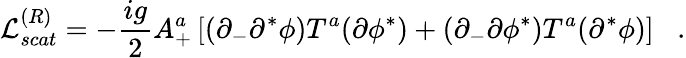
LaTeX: {\cal L}_{scat}^{(R)}=-\frac{ig}{2}A_{+}^{a}\left[(\partial_{-}\partial^{*}\phi)T^{a}(\partial\phi^{*})+(\partial_{-}\partial\phi^{*})T^{a}(\partial^{*}\phi)\right]\; \; \; .